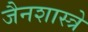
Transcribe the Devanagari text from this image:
जैनशास्त्रे